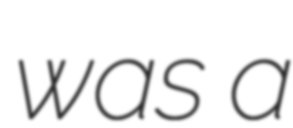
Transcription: was a